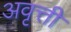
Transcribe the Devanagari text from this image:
अवृत्ती